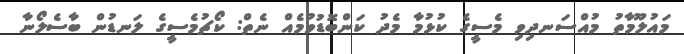
މައުލޫމާތު މުއްސަނދިވި މެސީގެ ކުޅުމާ މެދު ކަންބޮޑުވުމެއް ނެތް: ކޯޗުމެސީގެ ލަނޑުން ބާސެލޯނާ